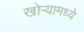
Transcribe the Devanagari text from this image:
खोऱ्यामध्ये